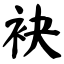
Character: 袂